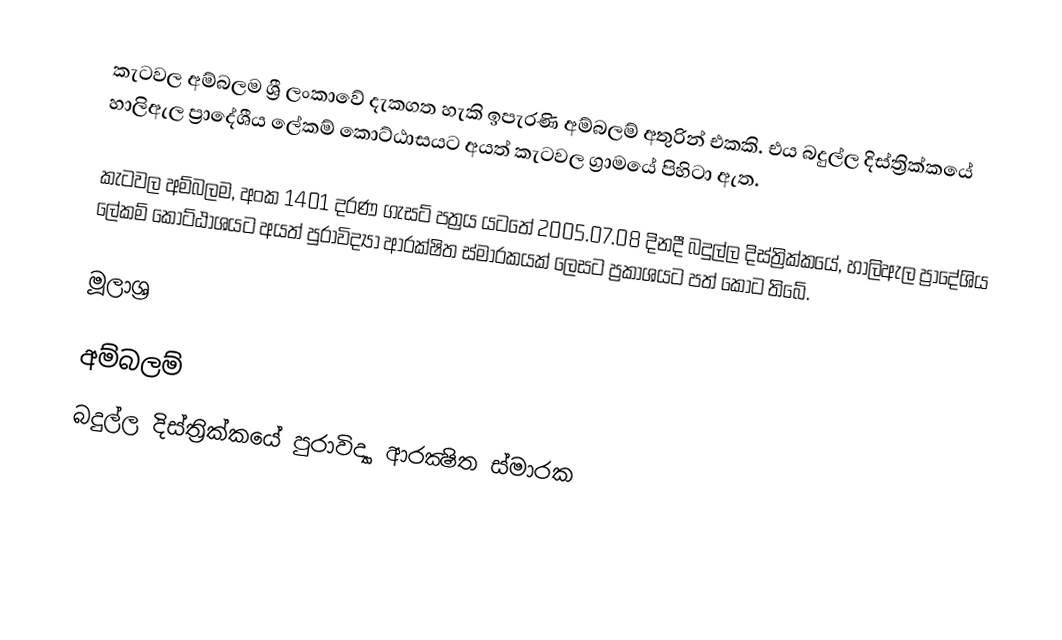
කැටවල අම්බලම ශ්‍රී ලංකාවේ දැකගත හැකි ඉපැරණි අම්බලම් අතුරින් එකකි. එය බදුල්ල දිස්ත්‍රික්කයේ හාලිඇල ප්‍රාදේශීය ලේකම් කොට්ඨාසයට අයත් කැටවල ග්‍රාමයේ පිහිටා ඇත.

කැටවල අම්බලම, අංක 1401 දරණ ගැසට් පත්‍රය යටතේ 2005.07.08 දිනදී බදුල්ල දිස්ත්‍රික්කයේ, හාලිඇල ප්‍රාදේශිය ලේකම් කොට්ඨාශයට අයත් පුරාවිද්‍යා ආරක්ෂිත ස්මාරකයක් ලෙසට ප්‍රකාශයට පත් කොට තිබේ.

මූලාශ්‍ර

අම්බලම්
බදුල්ල දිස්ත්‍රික්කයේ පුරාවිද්‍යා ආරක්‍ෂිත ස්මාරක